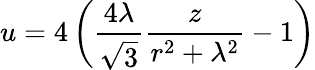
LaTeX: u=4\left({\frac{4\lambda}{\sqrt{3}}}{\frac{z}{r^{2}+\lambda^{2}}}-1\right)